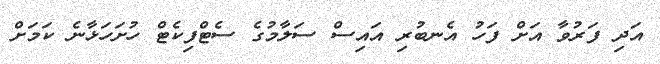
އަދި ފަރުވާ އަށް ފަހު އެނބުރި އައިސް ސަލާމުގެ ސެޓްފިކެޓް ހުށަހަޅާނެ ކަމަށް